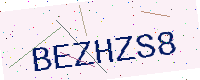
Text: BEZHZS8